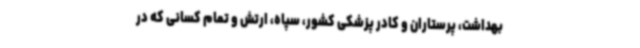
بهداشت، پرستاران و کادر پزشکی کشور، سپاه، ارتش و تمام کسانی که در